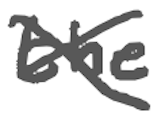
Text: the
Cross-out: cross
Writing tool: digital_gray